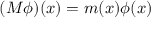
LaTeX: ( M \phi ) ( x ) = m ( x ) \phi ( x )